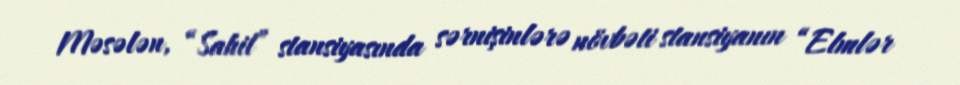
Məsələn, “Sahil” stansiyasında sərnişinlərə növbəti stansiyanın “Elmlər